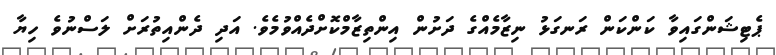
ޕެޓިޝަންގައިވާ ކަންކަން ރަނގަޅު ނިޒާމެއްގެ ދަށުން އިންތިޒާމްކޮށްދެއްވުމެވެ. އަދި ދެންއިތުރަށް ލަސްނުވެ ހިޔާ